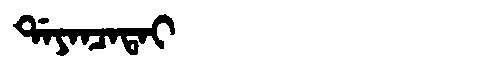
Manchu: ᡩᠠᠶᠠᠨᠴᠠᡨᠠᡳ
Romanization: DAYANCATAI